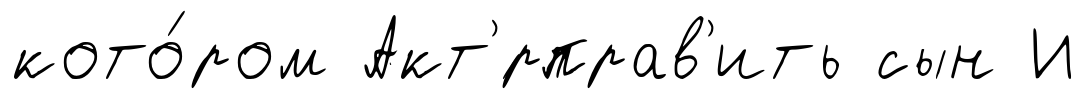
кото́ром Акт'́рправ'ить сын И